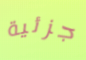
جزئية